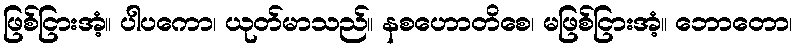
ဖြစ်ငြားအံ့။ ပါပကော၊ ယုတ်မာသည်။ နစဟောတိစေ၊ မဖြစ်ငြားအံ့။ ဘောတော၊